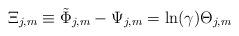
LaTeX: \begin{align*}\Xi _{j,m}\equiv \tilde \Phi _{j,m}-\Psi _{j,m}=\ln (\gamma )\Theta _{j,m}\end{align*}